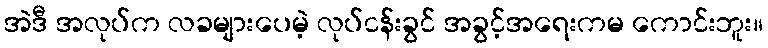
အဲဒီ အလုပ်က လခများပေမဲ့ လုပ်ငန်းခွင် အခွင့်အရေးကမ ကောင်းဘူး။